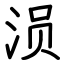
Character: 涢